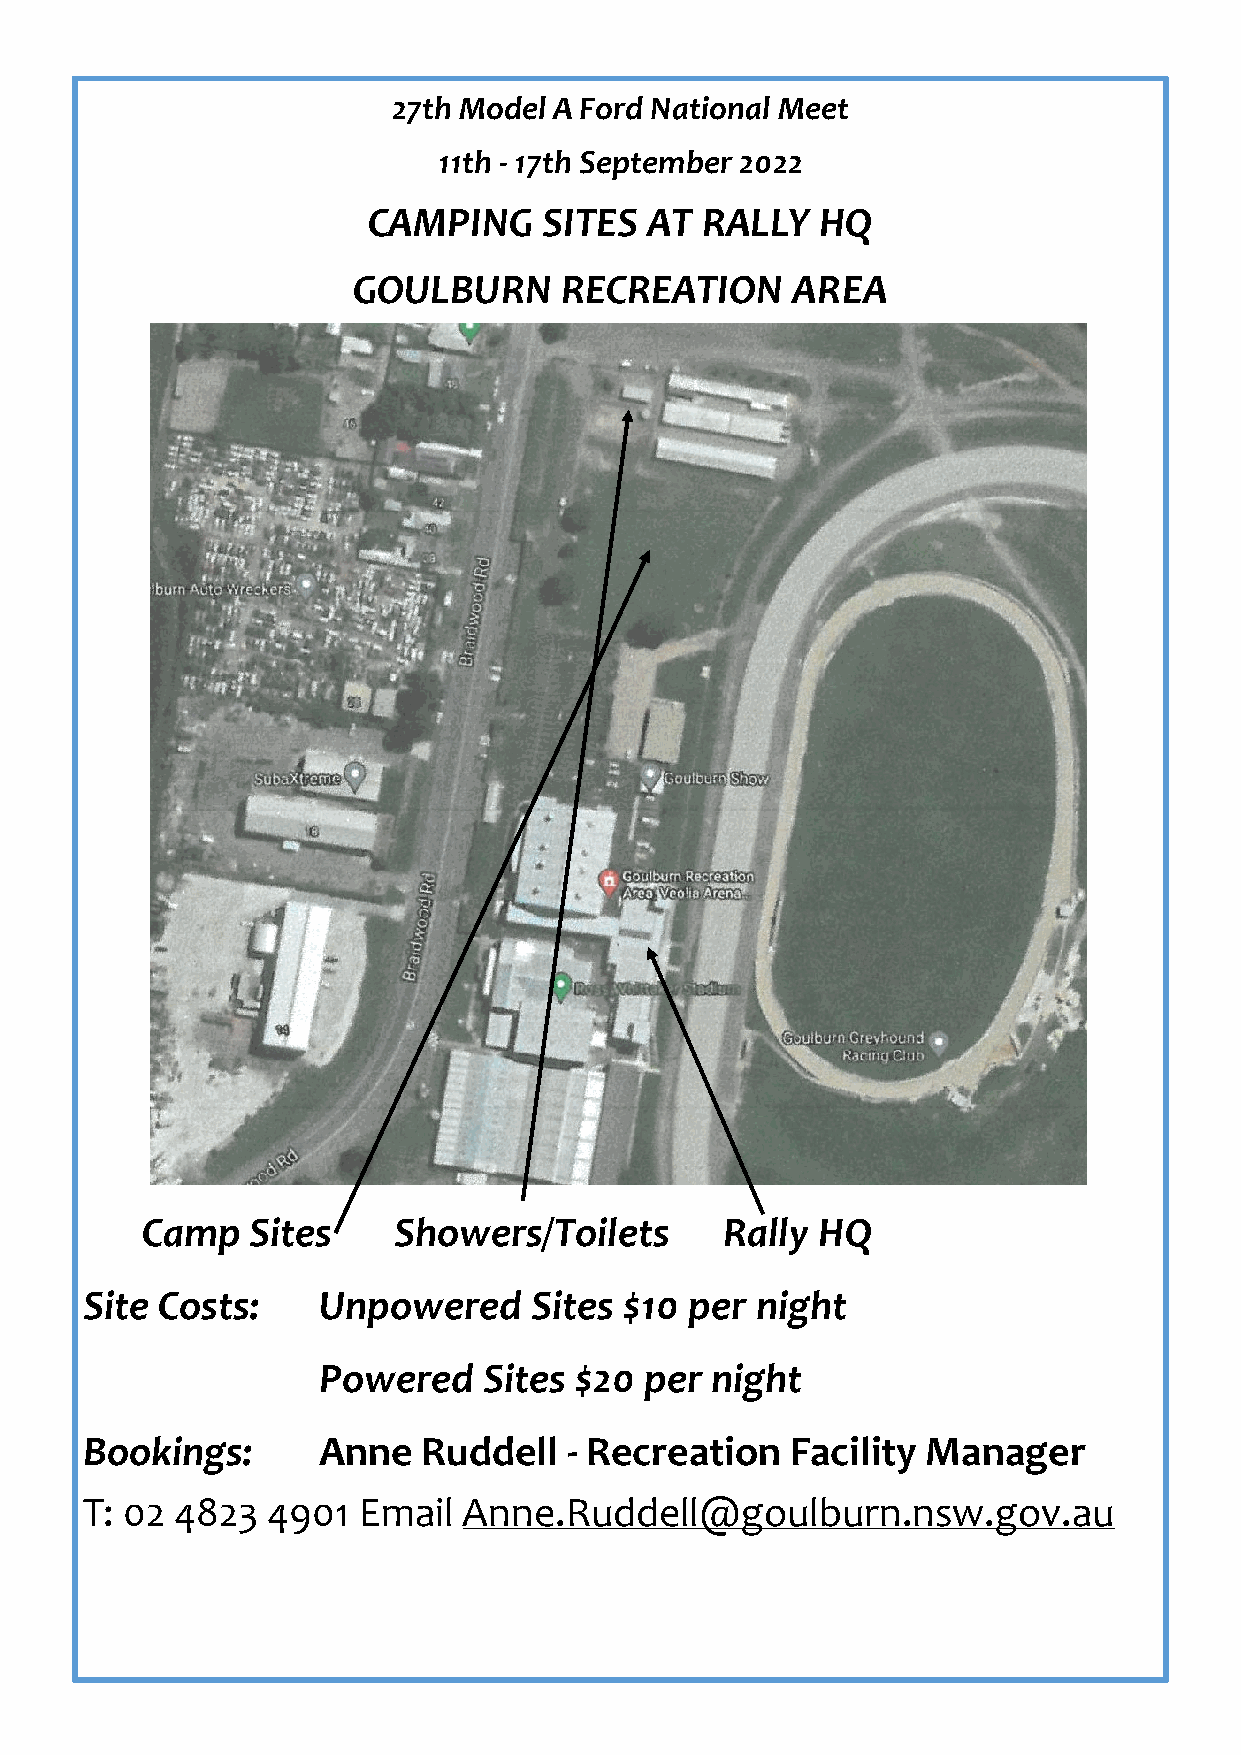
27th Model A Ford National Meet
 11th ‐ 17th September 2022
 CAMPING     SITES  AT RALLY   HQ
 GOULBURN      RECREATION     AREA
 Camp    Sites    Showers/Toilets       Rally HQ
 Site Costs:    Unpowered     Sites $10  per night
 Powered    Sites $20  per night
 Bookings:      Anne   Ruddell   ‐ Recreation  Facility Manager
 T: 02 4823  4901  Email  Anne.Ruddell@goulburn.nsw.gov.au